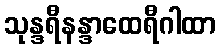
သုန္ဒရီနန္ဒာထေရီဂါထာ